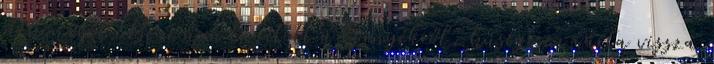
otthonából. Beni nem tágított a környékről, hűségesen várta vissza